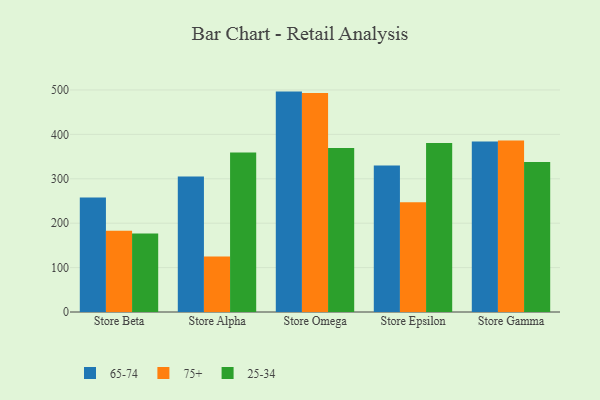
{"axis": {"x": "Store", "y": "Customer Acquisition Cost (USD)"}, "legend": ["25-34", "65-74", "75+"], "data": [{"x": "Store Beta", "y": 257.6, "type": "65-74"}, {"x": "Store Beta", "y": 183.2, "type": "75+"}, {"x": "Store Beta", "y": 176.7, "type": "25-34"}, {"x": "Store Alpha", "y": 304.9, "type": "65-74"}, {"x": "Store Alpha", "y": 124.8, "type": "75+"}, {"x": "Store Alpha", "y": 358.9, "type": "25-34"}, {"x": "Store Omega", "y": 496.3, "type": "65-74"}, {"x": "Store Omega", "y": 493.2, "type": "75+"}, {"x": "Store Omega", "y": 369.1, "type": "25-34"}, {"x": "Store Epsilon", "y": 330.1, "type": "65-74"}, {"x": "Store Epsilon", "y": 247.1, "type": "75+"}, {"x": "Store Epsilon", "y": 380.3, "type": "25-34"}, {"x": "Store Gamma", "y": 384.1, "type": "65-74"}, {"x": "Store Gamma", "y": 386.3, "type": "75+"}, {"x": "Store Gamma", "y": 337.9, "type": "25-34"}]}